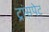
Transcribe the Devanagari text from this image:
ट्रांसपेट